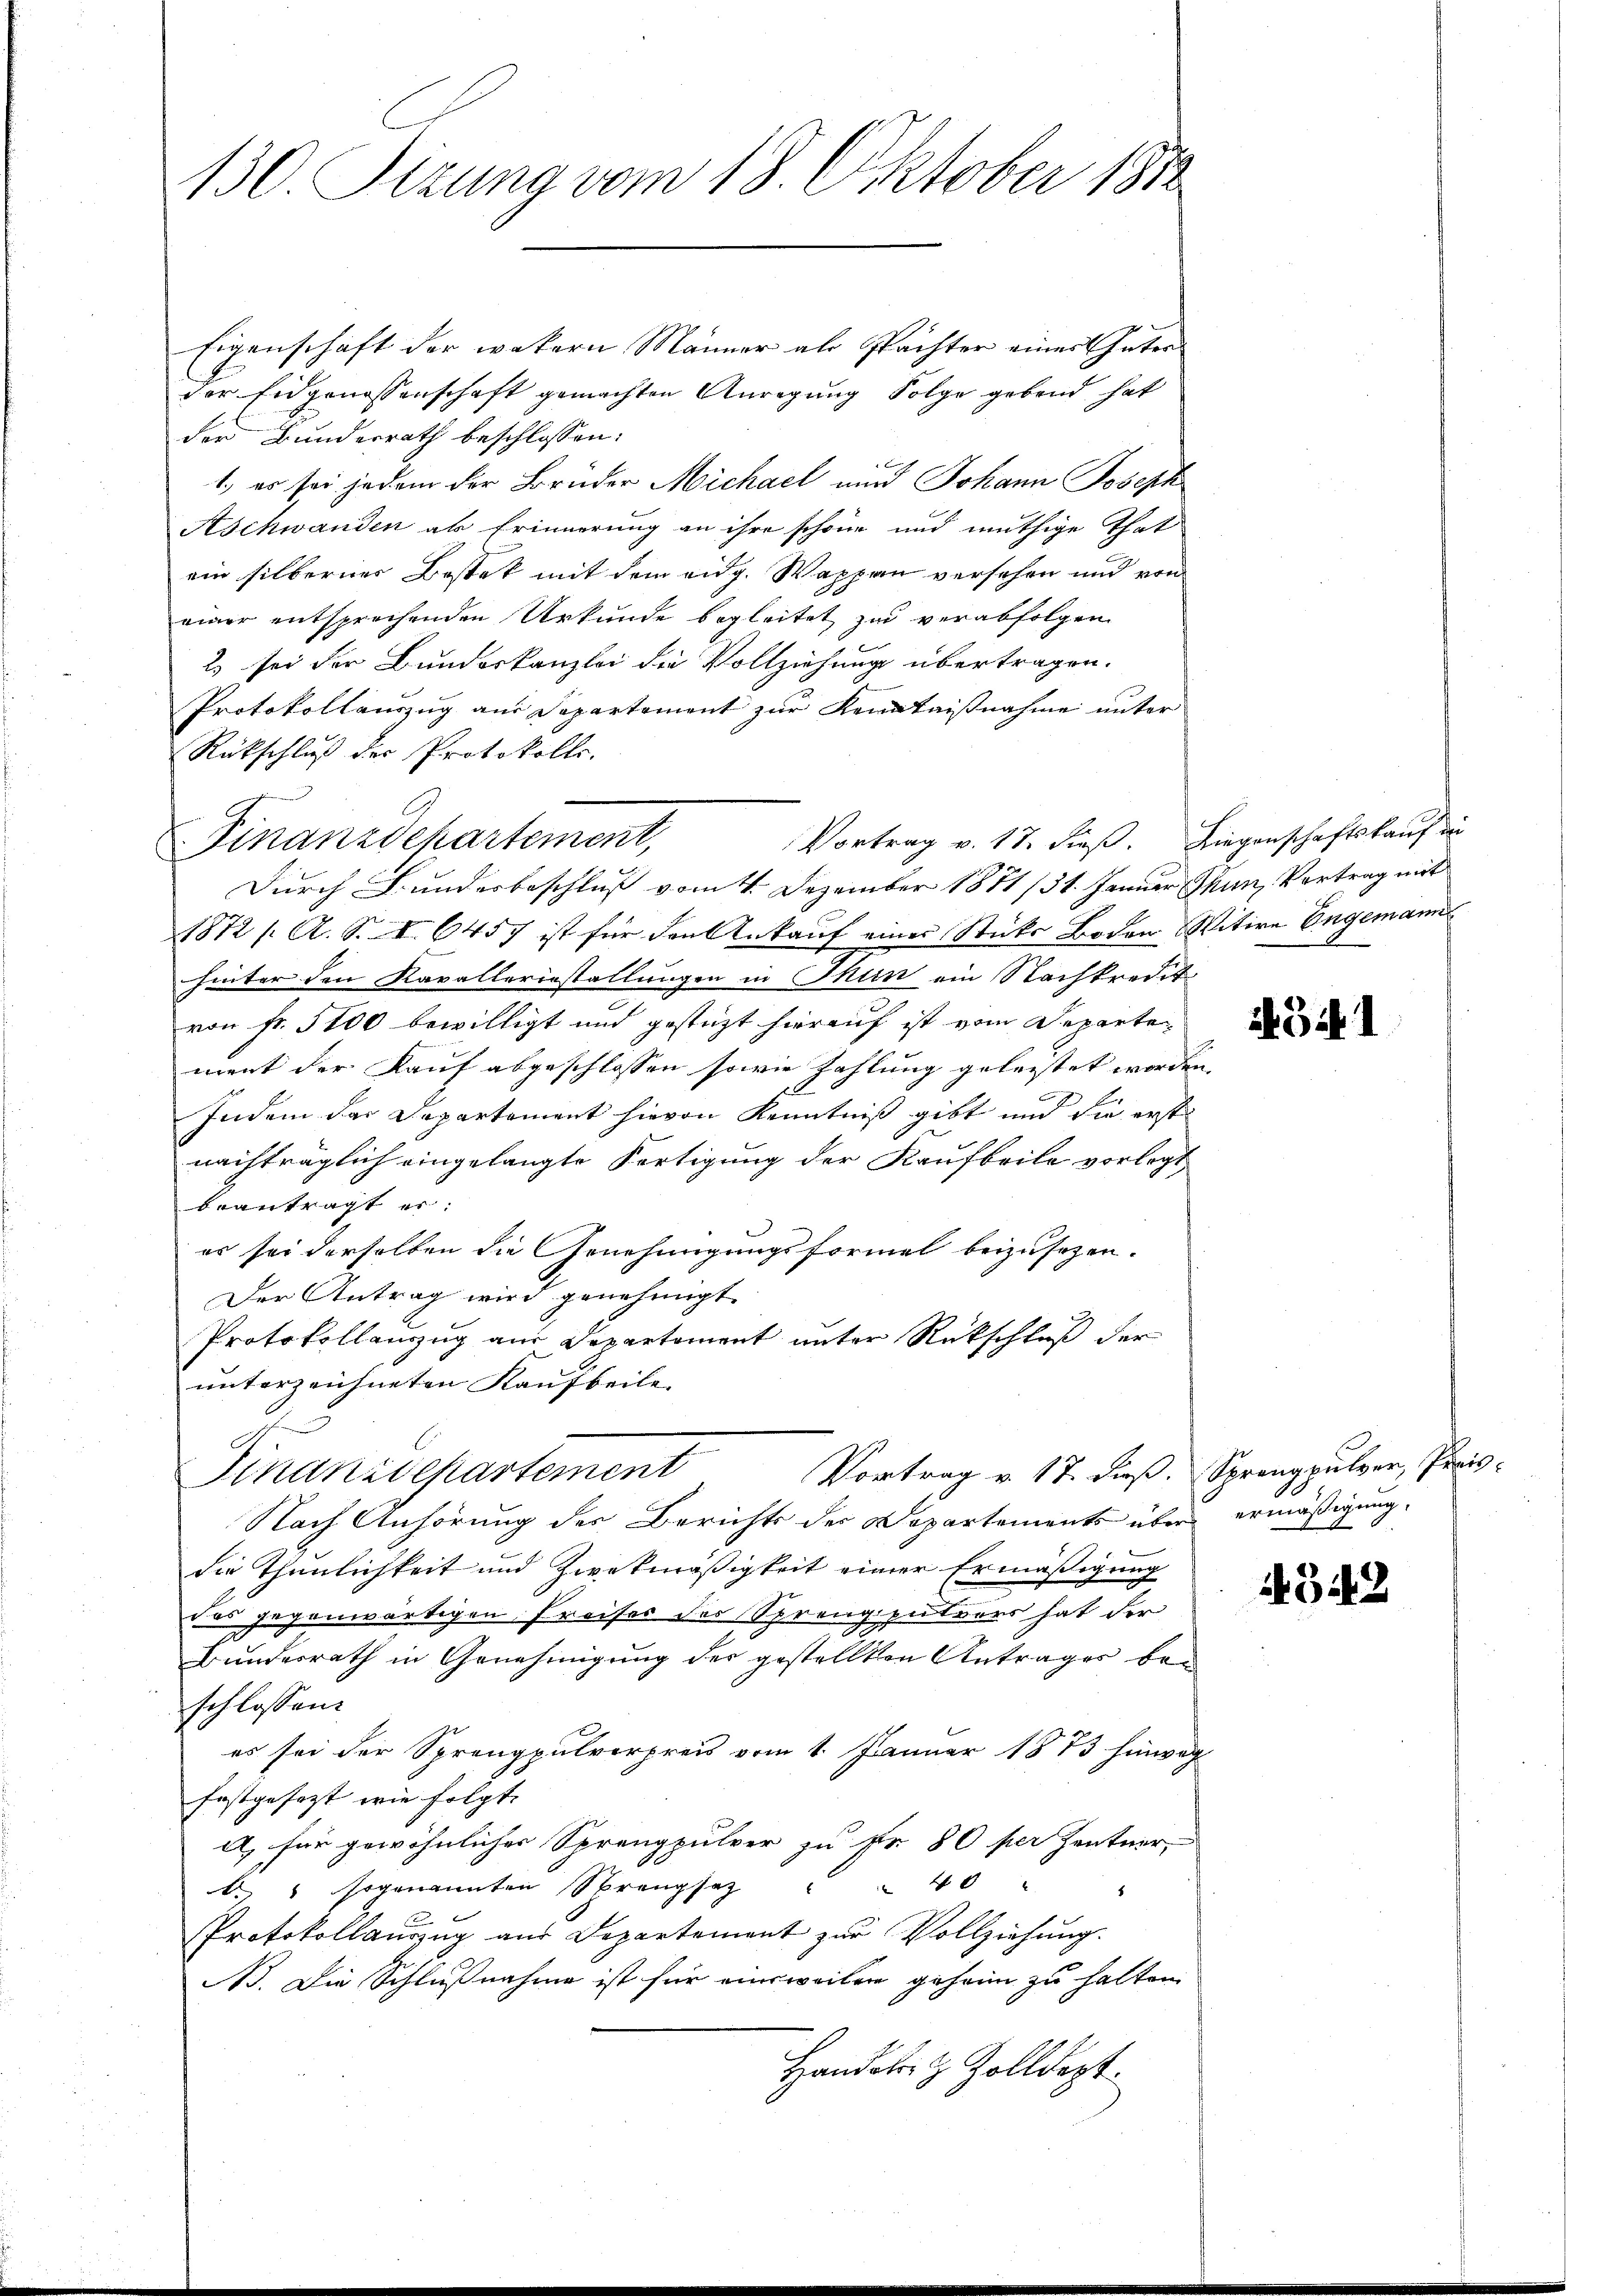
130. Sizung vom 18. Oktober 1812

Eigenschaft der wekern Männer als Pächter einer Inter
der Eidgenossenschaft gemachten Anregung Folge gebend hat
der Bunderrath beschlossen:
1., es sei jedem der Brüder Michael und Johann Joseph
Aschwanden als Erinnerung an ihre schöne und muthige That
ein silberner Bestek mit dem eidg. Wappen versehen und von
einer entsprechenden Urkunde begleitet zu verabfolgen
2 sei der Bundeskanzlei die Vollziehung übertragen.
Protokollauszug aus Departement zur Kenntnißnahme unter
Rückschluß der Protokolle.
Finanzdehartement,
Durch Bunderbeschluß vom 4. Dezember 1871 /31. Januar Thun, Vortrag mit
1872 / A. S. I. 6457 ist für den Ankauf eines Stücks Boden Witwe Engemanns
hinter den Kavallerinstallungen in Mein ein Nachkredit
von Fr. 5100 bewilligt und gestüzt hierauf ist vom Departement der Kauf abgeschlossen sowie Zahlung geleistet worden,
z
Indem das Departement hievon Kenntniß gibt und die erst
nachträglich eingelangte Fertigung der Kaufbeile vorlegt
beantragt er:
es sei derselben die Genehmigungsformel beizusetzen.
Der Antrag wird genehmigt.
Protokollauszug aus Departement unter Rückschluß der
unterzeichneten Kaufbeile
Vortrag v. 17. dieß. Sprengpulver, Preis¬
Dinanzdepartement
Nach Anhörung des Berichts der Departements über ermäßigung,
die Thunlichkeit und Zwekmäßigkeit einer Ermäßigung
des gegenwärtigen Preises des Sprengpulvers hat der
Bundesrath in Genehmigung des gestellten Antrages bei
schlossen:
es sei der Sprengpulverpreis vom 1. Januar 1873 hinweg
festgesezt wie folgt.
a) für gewöhnliches Sprengpulver zu Fr. 80 per Zentner,
40 "
b. sogenannten Sprangsatz
Protokollauszug aus Departement zur Vollziehung.
B. Die Schlußnahme ist für einsweilen geheim zu halten.
Handeler & Zolldept.

Vortrag v. 17. dieß. Liegenschaftskauf in

i541

8

4342